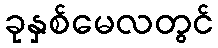
ခုနှစ်မေလတွင်